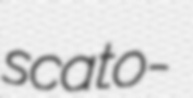
scato-